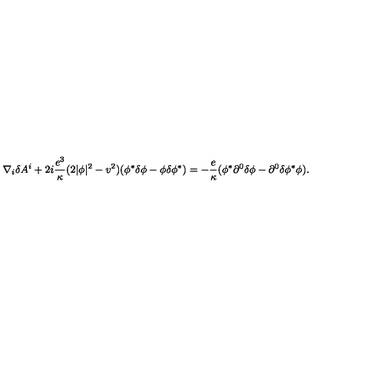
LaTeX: \nabla _ { i } \delta A ^ { i } + 2 i { \frac { e ^ { 3 } } { \kappa } } ( 2 | \phi | ^ { 2 } - v ^ { 2 } ) ( \phi ^ { * } \delta \phi - \phi \delta \phi ^ { * } ) = - { \frac { e } { \kappa } } ( \phi ^ { * } \partial ^ { 0 } \delta \phi - \partial ^ { 0 } \delta \phi ^ { * } \phi ) .